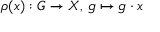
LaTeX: \rho ( x ) : G \to X , \, g \mapsto g \cdot x